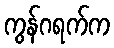
ကွန်ဂရက်က